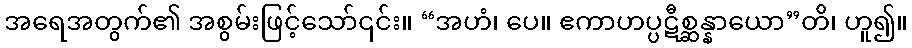
အရေအတွက်၏ အစွမ်းဖြင့်သော်၎င်း။ “အဟံ၊ ပေ။ ဧကာဟပ္ပဋီစ္ဆန္နာယော”တိ၊ ဟူ၍။